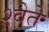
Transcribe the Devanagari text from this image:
श्वेते